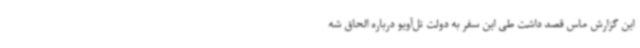
این گزارش ماس قصد داشت طی این سفر به دولت تل‌آویو درباره الحاق شه